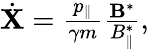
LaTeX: \begin{array}{r}{\dot{{\mathbf X}}=\frac{p_{\| }}{\gamma m}\frac{{\mathbf B}^{*}}{B_{\| }^{*}},}\end{array}